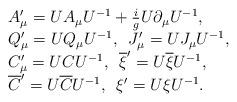
LaTeX: \begin{align*}\begin{array}{l}A'_{\mu}=UA_{\mu}U^{-1}+\frac ig U\partial _{\mu}U^{-1},\\Q'_{\mu}=UQ_{\mu}U^{-1},\,\,\, J'_{\mu}=UJ_{\mu}U^{-1},\\C'_{\mu}=UCU^{-1},\,\,\, \overline{\xi}'=U\overline{\xi}U^{-1},\\\overline{C}'=U\overline{C}U^{-1},\,\,\, \xi '=U\xi U^{-1}.\end{array}\end{align*}